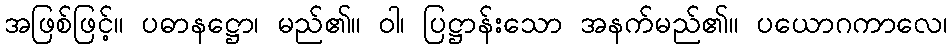
အဖြစ်ဖြင့်။ ပဓာနဋ္ဌော၊ မည်၏။ ဝါ၊ ပြဋ္ဌာန်းသော အနက်မည်၏။ ပယောဂကာလေ၊